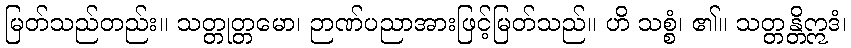
မြတ်သည်တည်း။ သတ္တုတ္တမော၊ ဉာဏ်ပညာအားဖြင့်မြတ်သည်။ ဟိ သစ္စံ၊ ၏။ သတ္တန္တိဣဒံ၊